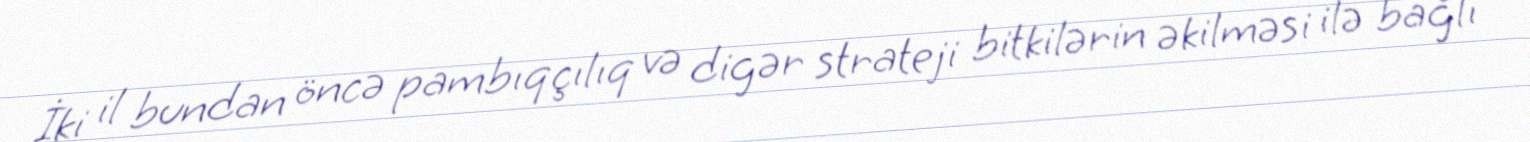
İki il bundan öncə pambıqçılıq və digər strateji bitkilərin əkilməsi ilə bağlı